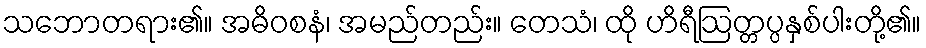
သဘောတရား၏။ အဓိဝစနံ၊ အမည်တည်း။ တေသံ၊ ထို ဟိရီဩတ္တပ္ပနှစ်ပါးတို့၏။